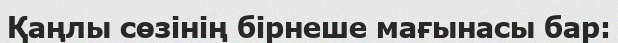
Қаңлы сөзінің бірнеше мағынасы бар: